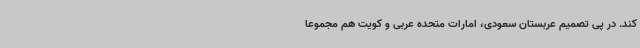
کند. در پی تصمیم عربستان سعودی، امارات متحده عربی و کویت هم مجموعا